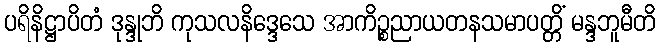
ပရိနိဋ္ဌာပိတံ ဒုန္ဒုဘိ ကုသလနိဒ္ဒေသေ အာကိဉ္စညာယတနသမာပတ္တိံ မန္ဒဘူမီတိ